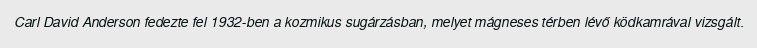
Carl David Anderson fedezte fel 1932-ben a kozmikus sugárzásban, melyet mágneses térben lévő ködkamrával vizsgált.